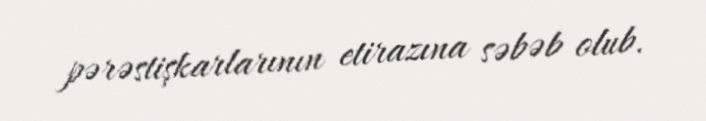
pərəstişkarlarının etirazına səbəb olub.